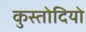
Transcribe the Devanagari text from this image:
कुस्तोदियो